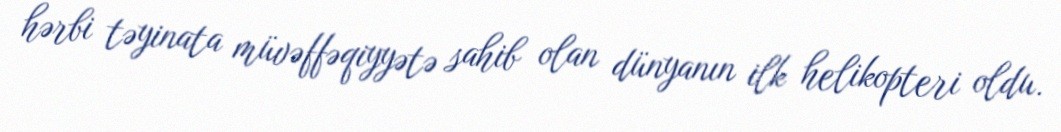
hərbi təyinata müvəffəqiyyətə sahib olan dünyanın ilk helikopteri oldu.